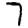
Digit: 7